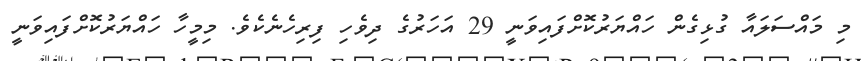
މި މައްސަލައާ ގުޅިގެން ހައްޔަރުކޮށްފައިވަނީ 29 އަހަރުގެ ދިވެހި ފިރިހެނެކެވެ. މިމީހާ ހައްޔަރުކޮށްފައިވަނީ